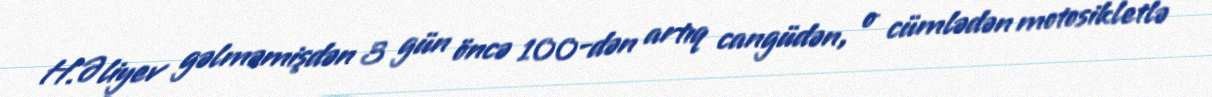
H.Əliyev gəlməmişdən 3 gün öncə 100-dən artıq cangüdən, o cümlədən motosikletlə